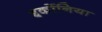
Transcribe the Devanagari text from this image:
इर्कोनिया